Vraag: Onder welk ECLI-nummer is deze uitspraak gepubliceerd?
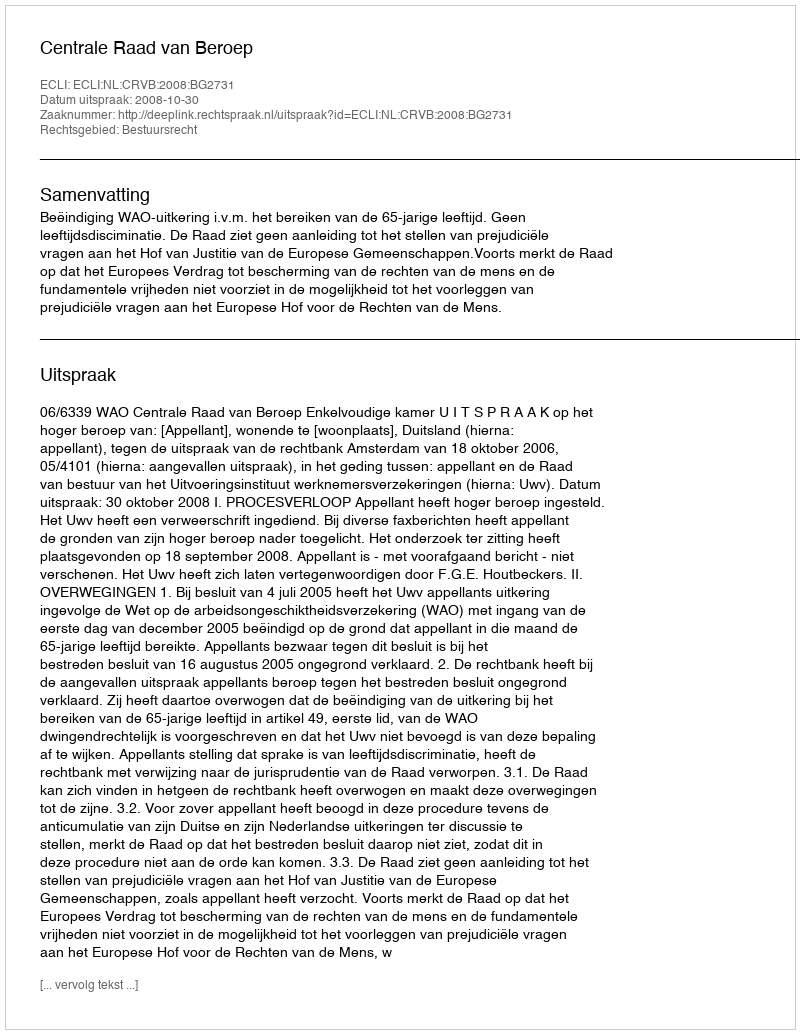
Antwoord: ECLI:NL:CRVB:2008:BG2731